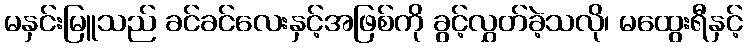
မနှင်းမြူသည် ခင်ခင်လေးနှင့်အဖြစ်ကို ခွင့်လွှတ်ခဲ့သလို၊ မထွေးရီနှင့်